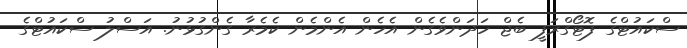
ސްކައުޓްގެ ފޮޓޯގްރަފީ ބެޖް ހަދަންވެގެން އެހެން އެންމެން ކެމެރާ ގެންގުޅުނު. އަސްލު ސްކައުޓްގެ